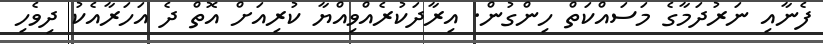
ފެނާއި ނަރުދަމާގެ މަސައްކަތް ހިންގުން. އިރާދަކުރެއްވިއްޔާ ކުރިއަށް އޮތް ދެ އަހަރާއެކު ދިވެހި